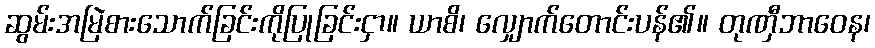
ဆွမ်းအမြဲစားသောက်ခြင်းကိုပြုခြင်းငှာ။ ယာစိ၊ လျှောက်တောင်းပန်၏။ တုဏှီဘာဝေန၊